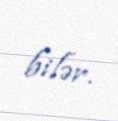
bilər.